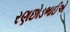
રણછોડભાઈએ